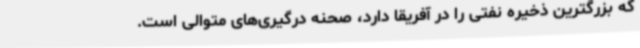
که بزرگترین ذخیره نفتی را در آفریقا دارد، صحنه درگیری‌های متوالی است.